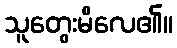
သူတွေးမိလေ၏။